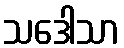
သဒေါသာ